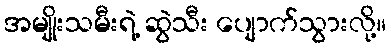
အမျိုးသမီးရဲ့ ဆွဲသီး ပျောက်သွားလို့။